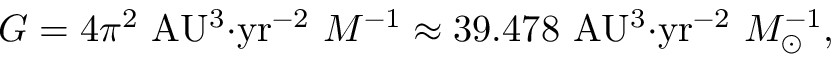
G = 4 \pi ^ { 2 } \mathrm { { \ A U ^ { 3 } { \cdot } y r ^ { - 2 } } } \ M ^ { - 1 } \approx 3 9 . 4 7 8 \mathrm { { \ A U ^ { 3 } { \cdot } y r ^ { - 2 } } } \ M _ { \odot } ^ { - 1 } ,